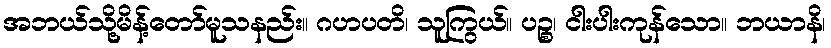
အဘယ်သို့မိန့်တော်မူသနည်း။ ဂဟပတိ၊ သူကြွယ်။ ပဉ္စ၊ ငါးပါးကုန်သော။ ဘယာနိ၊